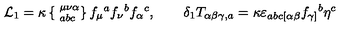
{ \cal L } _ { 1 } = \kappa \left\{ \phantom { | } _ { a b c } ^ { \mu \nu \alpha } \right\} f _ { \mu } { } ^ { a } f _ { \nu } { } ^ { b } f _ { \alpha } { } ^ { c } , \qquad \delta _ { 1 } T _ { \alpha \beta \gamma , a } = \kappa \varepsilon _ { a b c [ \alpha \beta } f _ { \gamma ] } { } ^ { b } \eta ^ { c }